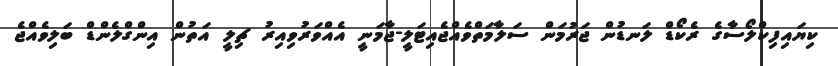
ކިޔައިފިކްލޯސާގެ ރެކޯޑް ލަނޑުން ޖަރުމަން ސަލާމަތްވެއްޖެއިޓަލީ-ޖާމަނީ އެއްވަރުވިއިރު ޗިލީ އަތުން އިންގްލެންޑް ބަލިވެއްޖެ